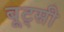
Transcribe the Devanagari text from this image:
बूट्सी